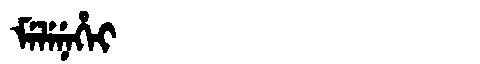
Manchu: ᠮᡝᠯᡝᠨᡝᡥᡝᡳ
Romanization: MELENEHEI